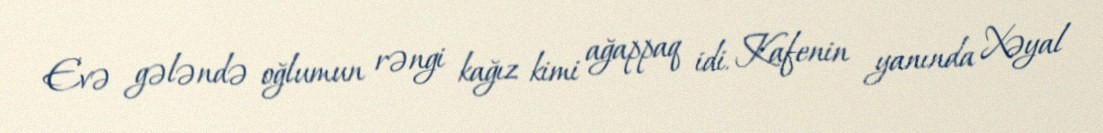
Evə gələndə oğlumun rəngi kağız kimi ağappaq idi. Kafenin yanında Xəyal